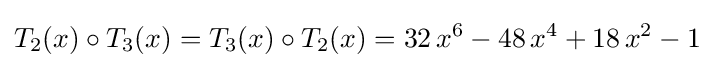
T_{2}(x)\circ T_{3}(x)=T_{3}(x)\circ T_{2}(x)=32\,x^{6}-48\,x^{4}+18\,x^{2}-1